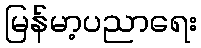
မြန်မာ့ပညာရေး